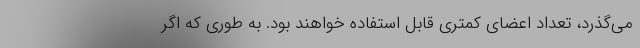
می‌گذرد، تعداد اعضای کمتری قابل استفاده خواهند بود. به طوری که اگر